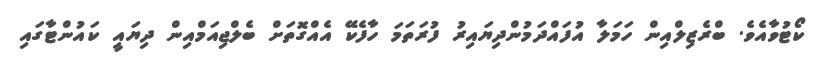
ކޯޓުވާއެވެ. ބްރެޒިލްއިން ހަމަލާ އުފައްދަމުންދިޔައިރު ފުރަތަމަ ހާފެކޭ އެއްގޮތަށް ބެލްޖިއަމްއިން ދިޔައީ ކައުންޓާގައި